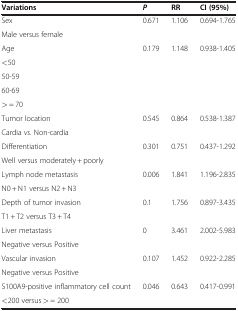
| Variations | P | RR | CI (95%) |
 | --- | --- | --- | --- |
 | Sex | 0.671 | 1.106 | 0.694-1.765 |
 | Male versus female |  |  |  |
 | Age | 0.179 | 1.148 | 0.938-1.405 |
 | <50 |  |  |  |
 | 50-59 |  |  |  |
 | 60-69 |  |  |  |
 | > = 70 |  |  |  |
 | Tumor location | 0.545 | 0.864 | 0.538-1.387 |
 | Cardia vs. Non-cardia |  |  |  |
 | Differentiation | 0.301 | 0.751 | 0.437-1.292 |
 | Well versus moderately + poorly |  |  |  |
 | Lymph node metastasis | 0.006 | 1.841 | 1.196-2.835 |
 | N0 + N1 versus N2 + N3 |  |  |  |
 | Depth of tumor invasion | 0.1 | 1.756 | 0.897-3.435 |
 | T1 + T2 versus T3 + T4 |  |  |  |
 | Liver metastasis | 0 | 3.461 | 2.002-5.983 |
 | Negative versus Positive |  |  |  |
 | Vascular invasion | 0.107 | 1.452 | 0.922-2.285 |
 | Negative versus Positive |  |  |  |
 | S100A9-positive inflammatory cell count | 0.046 | 0.643 | 0.417-0.991 |
 | <200 versus > = 200 |  |  |  |